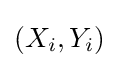
(X_{i},Y_{i})